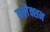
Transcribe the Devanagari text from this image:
कलैक्शन